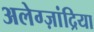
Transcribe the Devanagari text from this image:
अलेग्ज़ांद्रिया